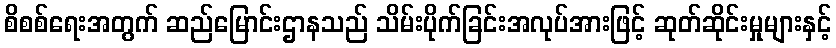
စိစစ်ရေးအတွက် ဆည်မြောင်းဌာနသည် သိမ်းပိုက်ခြင်းအလုပ်အားဖြင့် ဆုတ်ဆိုင်းမှုများနှင့်